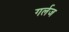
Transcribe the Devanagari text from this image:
गर्लज